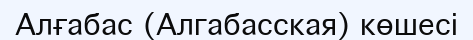
Алғабас (Алгабасская) көшесі